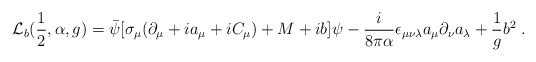
\begin{align*}{\cal L}_b(\frac{1}{2},\alpha,g)= \bar\psi [ \sigma_\mu (\partial_\mu + i a_\mu+ i C_\mu ) + M + ib ] \psi - \frac{i}{8 \pi \alpha} \epsilon_{\mu \nu \lambda} a_\mu \partial_\nu a_\lambda+ \frac{1}{g}b^2\;.\end{align*}